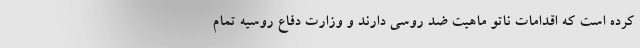
کرده است که اقدامات ناتو ماهیت ضد روسی دارند و وزارت دفاع روسیه تمام